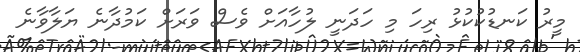
މީރު ކަނޑުކުކުޅު ރިހަ މި ހަދަނީ ލުހާއަށް ވެސް ވަރަށް ކަމުދާނެ ޔަލާވާނެ